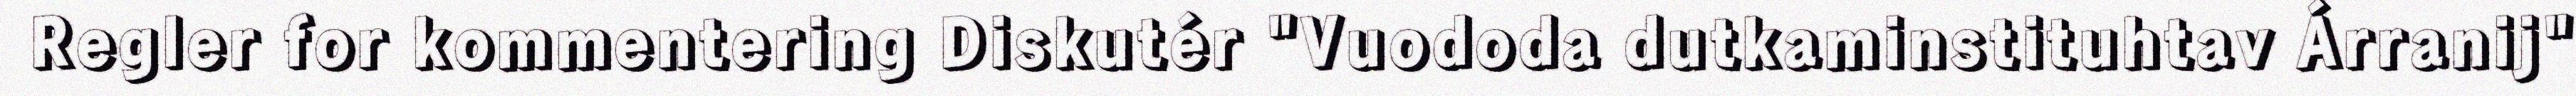
Regler for kommentering Diskutér "Vuododa dutkaminstituhtav Árranij"